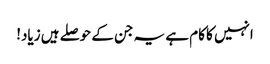
انہیں کا کام ہے یہ جن کے حوصلے ہیں زیاد!